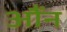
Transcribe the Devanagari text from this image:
औंन